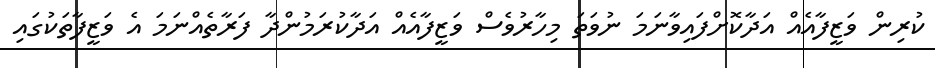
ކުރިން ވަޒީފާއެއް އަދާކޮށްފައިވާނަމަ ނުވަތަ މިހާރުވެސް ވަޒީފާއެއް އަދާކުރަމުންދާ ފަރާތެއްނަމަ އެ ވަޒީފާތަކުގައި